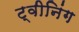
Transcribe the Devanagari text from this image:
ट्वीनिंग